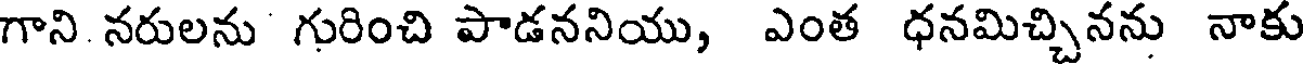
గాని నరులను గురించి పాడననియు, ఎంత ధనమిచ్చినను నాకు